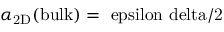
\alpha _ { \mathrm { 2 D } } ( \mathrm { b u l k ) = \ e p s i l o n \ d e l t a / 2 }